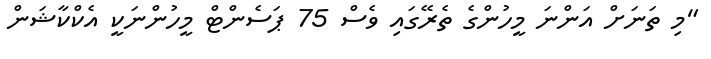
"މި ތަނަށް އަންނަ މީހުންގެ ތެރޭގައި ވެސް 75 ޕަސެންޓް މީހުންނަކީ އެކްކާޝަން